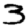
Digit: 3